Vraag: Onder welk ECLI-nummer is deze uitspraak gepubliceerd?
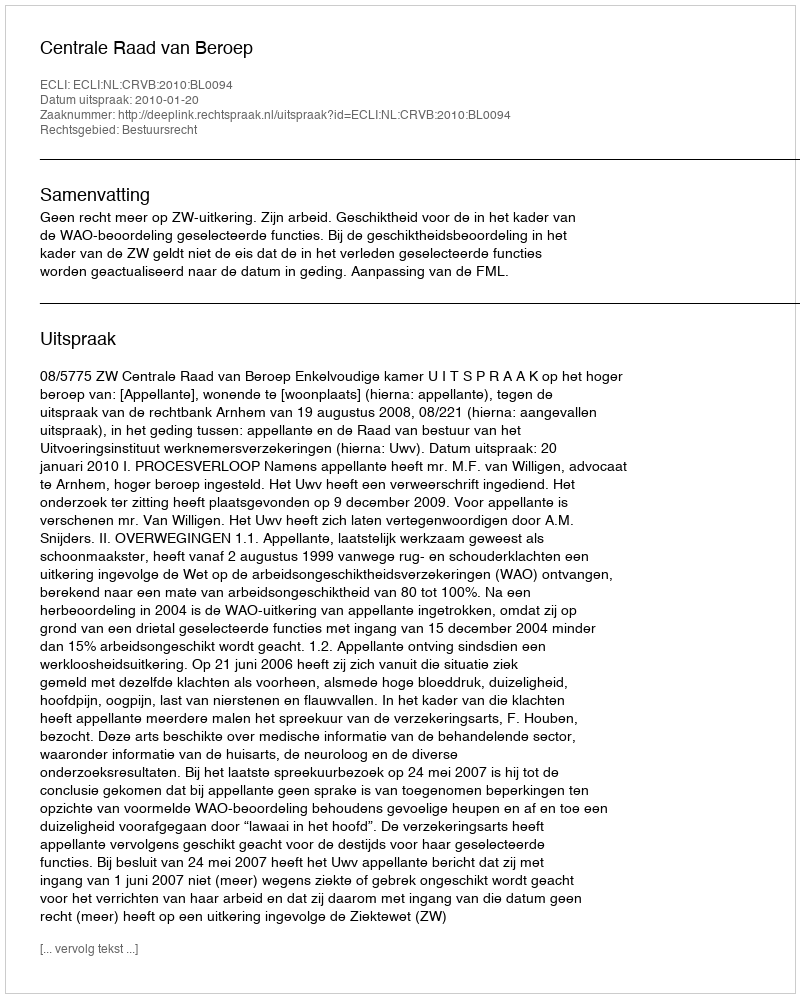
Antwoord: ECLI:NL:CRVB:2010:BL0094